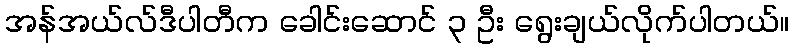
အန်အယ်လ်ဒီပါတီက ခေါင်းဆောင် ၃ ဦး ရွေးချယ်လိုက်ပါတယ်။